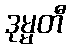
ဒုမ္မတီ